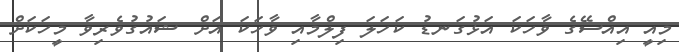
މިއީ އިއްސޭގެ ވާހަކަ އަޅުގަނޑު ކަހަލަ ފިލްމާއި ވާހަކަ އަށް ޝައުގުވެރިވާ މީހަކަށް